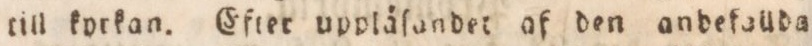
rill kyrkan. Eftet uppläſandet af den anbefallda